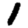
Digit: 1